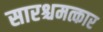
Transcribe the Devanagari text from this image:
सारश्चमत्कार